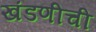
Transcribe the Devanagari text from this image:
खंडणीची